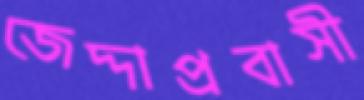
জেদ্দাপ্রবাসী